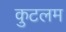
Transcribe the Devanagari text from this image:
कुटलम